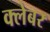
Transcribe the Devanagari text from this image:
क्लेबर